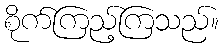
စိုက်ကြည့်ကြသည်။